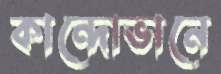
কান্দোভানে